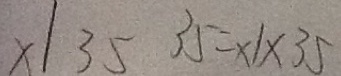
x / 3 5 3 5 = x / x 3 5